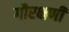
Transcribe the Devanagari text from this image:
गौरक्षणी